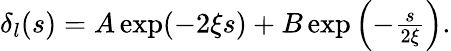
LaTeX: \begin{array}{r}{\delta_{l}(s)=A\exp(-2\xi s)+B\exp\left(-\frac{s}{2\xi}\right).}\end{array}